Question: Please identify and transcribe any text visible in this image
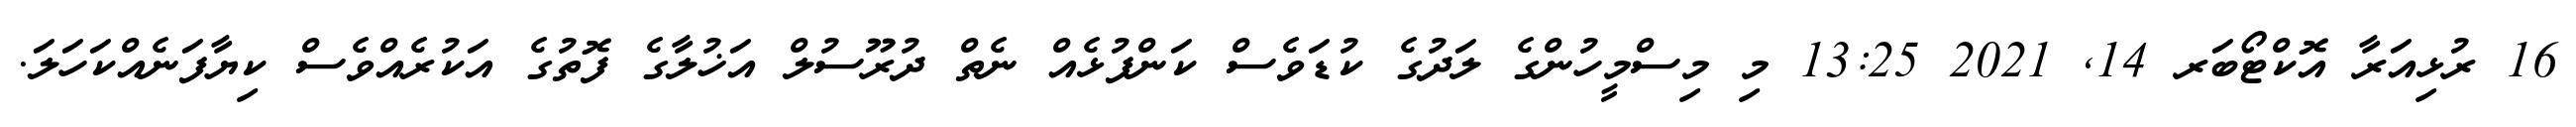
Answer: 16 ރުޅިއަރާ އޮކްޓޯބަރ 14, 2021 13:25 މި މިސްމީހުންގެ ލަދުގެ ކުޑަވެސް ކަންފުޅެއް ނެތް ދުރޫސުލް އަޚުލާގެ ފޮތުގެ އަކުރެއްވެސް ކިޔާފަނެއްކަހަލަ.